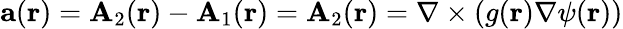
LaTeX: \mathbf{a}(\mathbf{r})=\mathbf{A}_{2}(\mathbf{r})-\mathbf{A}_{1}(\mathbf{r})=\mathbf{A}_{2}(\mathbf{r})=\nabla\times(g(\mathbf{r})\nabla\psi(\mathbf{r}))